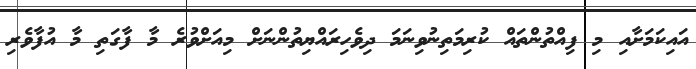
އައިކަމަށާއި މި ފިއްތުންތައް ކުރިމަތިނުވިނަމަ ދިވެހިރައްޔިތުންނަށް މިއަށްވުރެ މާ ފާގަތި މާ އުފާވެރި